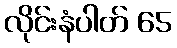
လိုင်းနံပါတ် 65